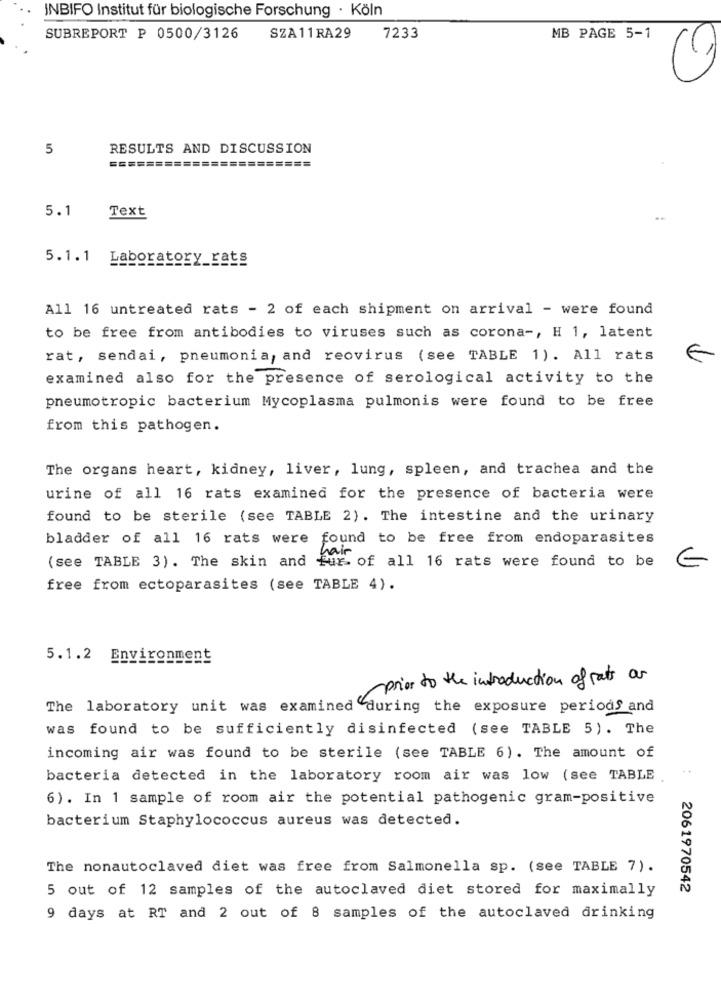
INBIFO Institut für biologische Forschung · Köln
SUBREPORT P 0500/3126
SZA11RA29
7233
MB PAGE 5-1
5
RESULTS AND DISCUSSION
===
5.1
Text
5.1.1 Laboratory_rats
All 16 untreated rats - 2 of each shipment on arrival - were found
to be free from antibodies to viruses such as corona -, H 1, latent
rat, sendai, pneumonia, and reovirus (see TABLE 1). All rats
€
examined also for the presence of serological activity to the
pneumotropic bacterium Mycoplasma pulmonis were found to be free
from this pathogen.
The organs heart, kidney, liver, lung, spleen, and trachea and the
urine of all 16 rats examined for the presence of bacteria were
found to be sterile (see TABLE 2). The intestine and the urinary
bladder of all 16 rats were found to be free from endoparasites
(see TABLE 3). The skin and fur of all 16 rats were found to be
€
free from ectoparasites (see TABLE 4).
5.1.2 Environment
prior to the introduction of rats or
The laboratory unit was examined during the exposure periods and
was found to be sufficiently disinfected (see TABLE 5). The
incoming air was found to be sterile (see TABLE 6). The amount of
bacteria detected in the laboratory room air was low (see TABLE.
6). In 1 sample of room air the potential pathogenic gram-positive
bacterium Staphylococcus aureus was detected.
The nonautoclaved diet was free from Salmonella sp. (see TABLE 7).
5 out of 12 samples of the autoclaved diet stored for maximally
2061970542
9 days at RT and 2 out of 8 samples of the autoclaved drinking